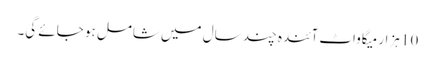
10 ہزار میگاواٹ آئندہ چند سال میں شامل ہو جائے گی۔